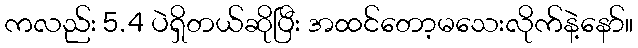
ကလည်း 5.4 ပဲရှိတယ်ဆိုပြီး အထင်တော့မသေးလိုက်နဲ့နော်။